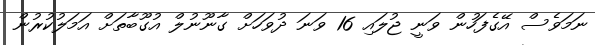
ނަމަވެސް އޭގެފަހުން ވަނީ ޖުލައި 16 ވަނަ ދުވަހަށް ގާނޫނުލް އުގޫބާތަށް އަމަލުކުރުން